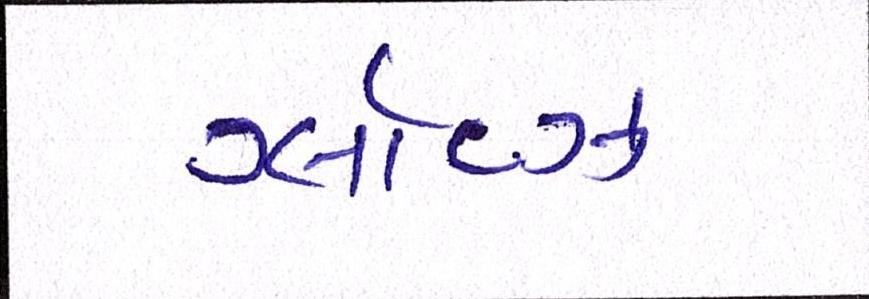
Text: ગ્લૉવ્ઝ